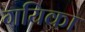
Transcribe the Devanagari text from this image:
गयिका